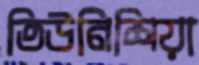
তিউনিশিয়া